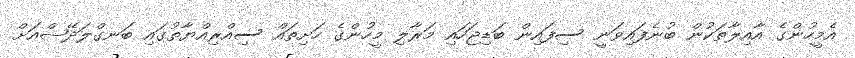
އެމީހުންގެ އާއިލާތަކުން ބުނެފައިވަނީ ސިފައިން ބަޑިޖަހައި މަރާލި މީހުންގެ ހަށިތައް ސިއްރިއްޔާތުގައި ބަނގްލަދޭޝްއަށް